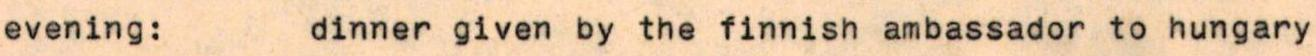
evening:  dinner given by the finnish ambassador to hungary